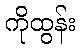
ကိုထွန်း